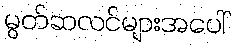
မွတ်ဆလင်များအပေါ်